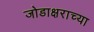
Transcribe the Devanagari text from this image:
जोडाक्षराच्या